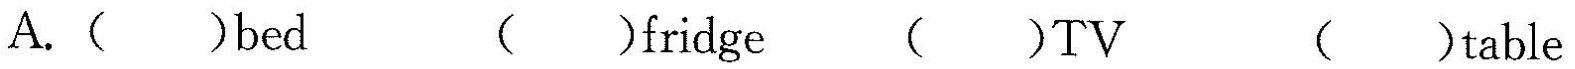
A.( )bed ( )fridge ( )TV ( )table